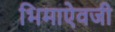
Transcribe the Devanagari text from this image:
भिमाऐवजी